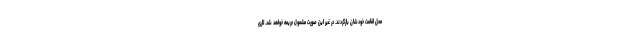
محل اقامت خودشان بازگردند. در غیر این صورت مشمول جریمه خواهد شد. لاری